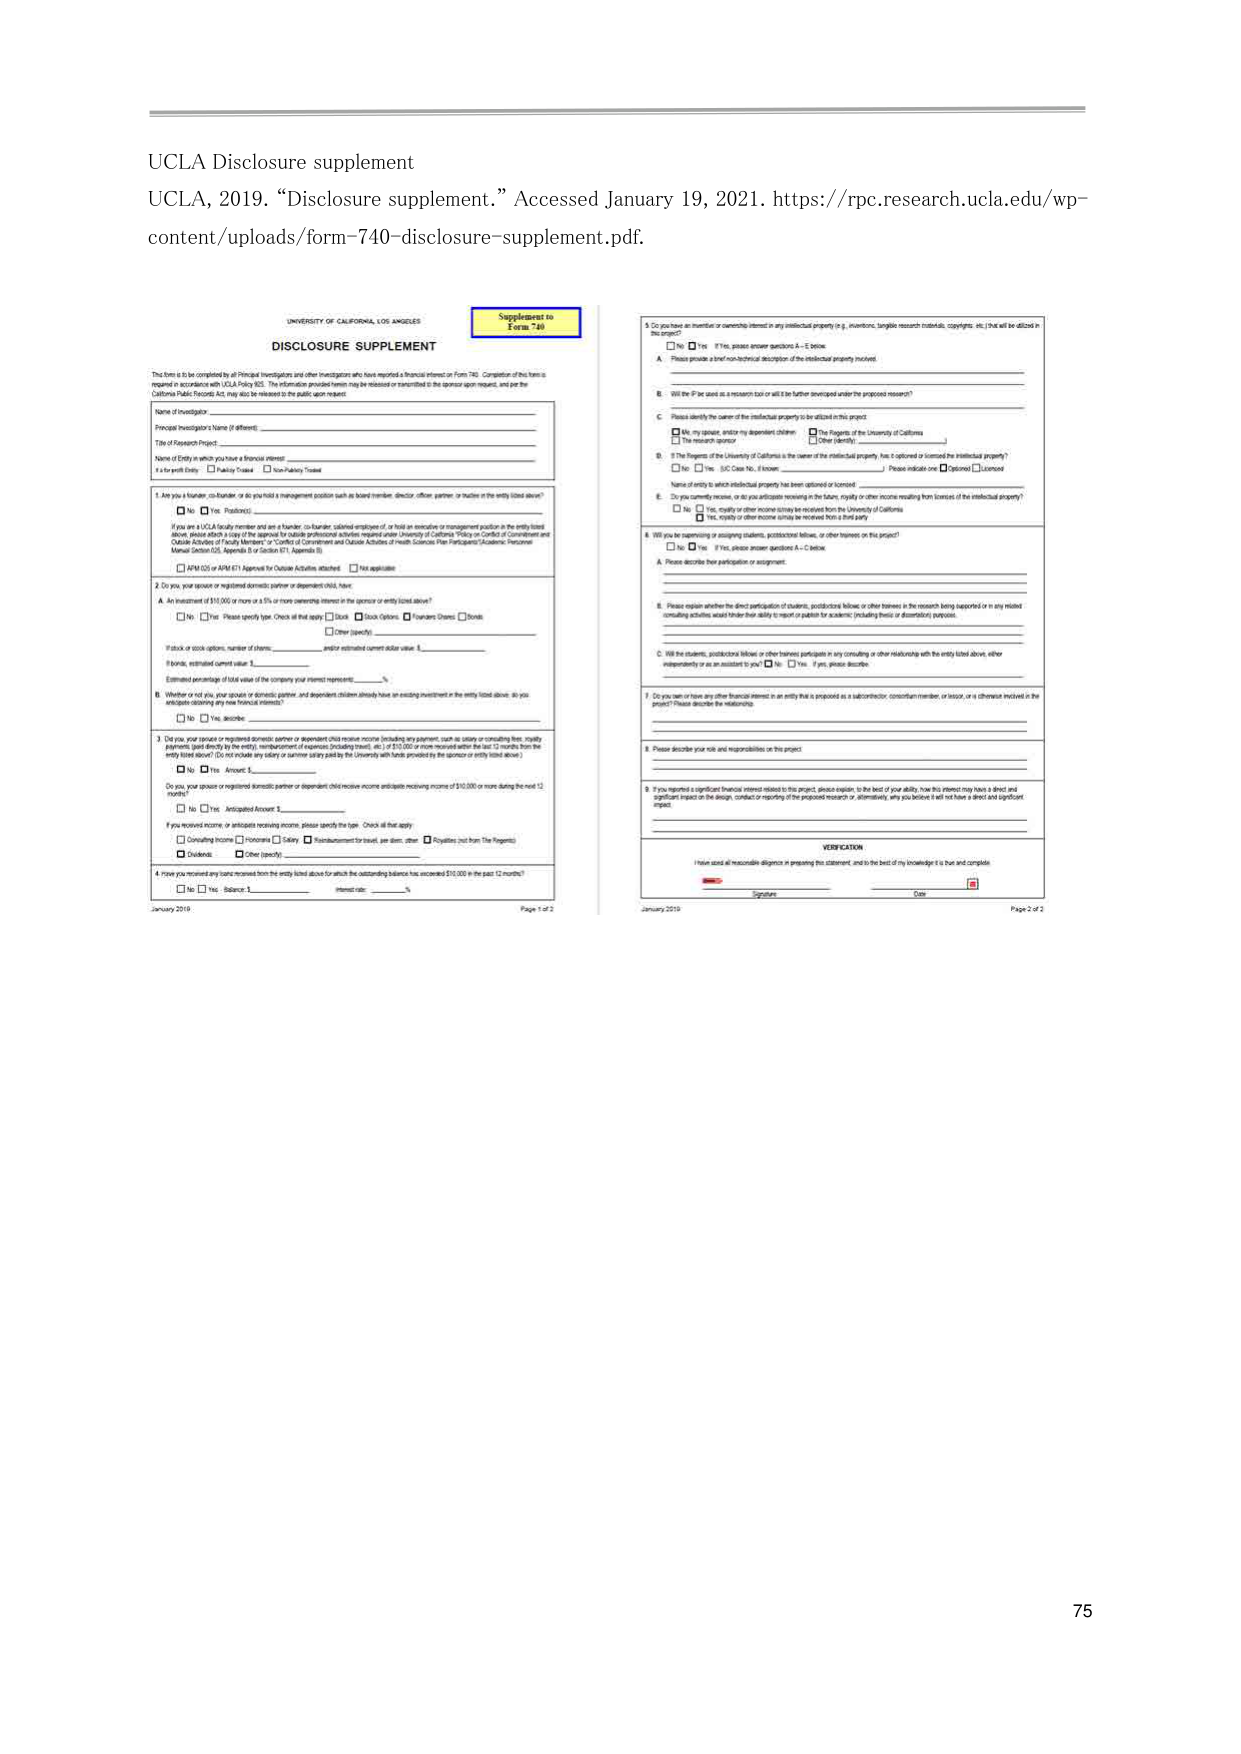
UCLA Disclosure supplement
UCLA, 2019. “Disclosure supplement.” Accessed January 19, 2021. https://rpc.research.ucla.edu/wp-content/uploads/form-740-disclosure-supplement.pdf.

UNIVERSITY OF CALIFORNIA, LOS ANGELES
DISCLOSURE SUPPLEMENT
Supplement to Form 740

This form is to be completed by all Principal Investigators and other investigators who have reported a financial interest on Form 740. Completion of this form is required in accordance with UCLA Policy 825. The information provided herein may be released or transmitted to the sponsor upon request, and per the California Public Records Act, may also be released to the public upon request.

Name of Investigator
Principal Investigator’s Name (if different)
Title of Research Project
Name of Entity in which you have a financial interest
Is a for-profit Entity? ☐ Yes ☐ No
☐ Publicly Traded ☐ Non-Publicly Traded

1. Are you a founder, co-founder, or do you hold a management position (such as board member, director, officer, partner, or trustee) in the entity listed above?
☐ No ☐ Yes, Position: ________________________
(If you are a UCLA faculty member and are a founder, co-founder, subfounder, employee of, or hold an executive or management position in the entity listed above, please attach a copy of the approval for outside professional activities required under University of California “Policy on Conflict of Commitment and Outside Activities of Faculty Members” or “Conflict of Commitment and Outside Activities of Health Sciences Non-Participant (Academic Personnel Manual Section 0.5, Appendix B or Section 0.7, Appendix B).
☐ APM 0.05 or APM 0.71 Approval for Outside Activities attached ☐ Not applicable

2. Do you, your spouse or registered domestic partner or dependent child, have:
A. An investment of $10,000 or more or a 5% or more ownership interest in the sponsor or entity listed above?
☐ No ☐ Yes, Please specify type. Check all that apply: ☐ Stock ☐ Stock Options ☐ Warrants/Shares ☐ Bonds
If stock or stock options, number of shares: ___________ and/or estimated current dollar value: $ ___________
If bonds, estimated current value: $ ___________
Estimated percentage of total value of the company your interest represents: _______%

B. Whether or not you, your spouse or domestic partner, and dependent children already have an existing investment in the entity listed above, do you anticipate obtaining any new financial interests?
☐ No ☐ Yes, describe: ________________________

3. Did you, your spouse or registered domestic partner or dependent child receive income (including any payment, such as salary or consulting fees, royalty payments, paid directly by the entity, reimbursement of expenses (including travel), etc.) of $10,000 or more received within the last 12 months from the entity listed above? (Do not include any salary or summer salary paid by the University with funds provided by the sponsor or entity listed above.)
☐ No ☐ Yes, Amount: $ ___________
Do you, your spouse or registered domestic partner or dependent child receive income or anticipate receiving income of $10,000 or more during the next 12 months?
☐ No ☐ Yes, Anticipated Amount: $ ___________
If you received income or anticipate receiving income, please specify the type. Check all that apply:
☐ Consulting Income ☐ Honoraria ☐ Salary ☐ Reimbursement for travel, per diem, other ☐ Royalties (not from The Regents)
☐ Dividends ☐ Other (specify): ________________________

4. Have you received any loans received from the entity listed above for which the outstanding balance has exceeded $10,000 in the past 12 months?
☐ No ☐ Yes, Balance: $ ___________ Interest rate: _______%

January 2019
Page 1 of 2

5. Do you have an inventor or ownership interest in any intellectual property (e.g., inventions, tangible research materials, copyrights, etc.) that will be utilized in this project?
☐ No ☐ Yes, if Yes, please answer questions A–E below.
A. Please provide a brief non-technical description of the intellectual property involved:
_________________________________________________________
B. Will the IP be used as a research tool or will it be further developed under the proposed research?
_________________________________________________________
C. Please identify the owner of the intellectual property to be utilized in this project:
☐ Me, my spouse, and/or my dependent children ☐ The Regents of the University of California
☐ The research sponsor ☐ Other (specify): ________________________
D. If The Regents of the University of California is the owner of the intellectual property, has it optioned or licensed the intellectual property?
☐ No ☐ Yes, USC Case No., if known: ________________________ Please indicate one: ☐ Optioned ☐ Licensed
Name of entity to which intellectual property has been optioned or licensed:
_________________________________________________________
E. Do you currently receive, or do you anticipate receiving in the future, royalty or other income resulting from licenses of the intellectual property?
☐ No ☐ Yes, royalty or other income is/are received from the University of California
☐ Yes, royalty or other income is/are received from a third party

6. Will you be supervising or assigning students, postdoctoral fellows, or other trainees on this project?
☐ No ☐ Yes, if Yes, please answer questions A–C below.
A. Please describe your participation or assignment:
_________________________________________________________
B. Please explain whether the direct participation of students, postdoctoral fellows or other trainees in the research being supported or in any related consulting activities would hinder their ability to report or publish for academic (including thesis or dissertation) purposes:
_________________________________________________________
C. Will the students, postdoctoral fellows or other trainees participate in any consulting or other relationship with the entity listed above, either independently or as an assistant to you? ☐ No ☐ Yes, if yes, please describe:
_________________________________________________________

7. Do you have or have any other financial interest in an entity that is proposed as a subcontractor, consortium member, or vendor, or a contractor involved in the project? Please describe the relationship:
_________________________________________________________

8. Please describe your role and responsibilities on this project:
_________________________________________________________

9. If you reported a significant financial interest related to this project, please explain, to the best of your ability, how this interest may have a direct and significant impact on the design, conduct or reporting of the proposed research or, alternatively, why you believe it will not have a direct and significant impact:
_________________________________________________________

VERIFICATION
I have used all reasonable diligence in preparing this statement, and to the best of my knowledge it is true and complete.
Signature: ________________________ Date: ___________

January 2019
Page 2 of 2

75